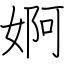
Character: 婀